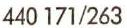
440 171/263